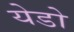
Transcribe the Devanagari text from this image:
येडो